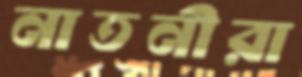
নাতনীরা